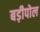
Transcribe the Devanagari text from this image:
बड़ीपोल